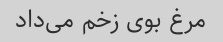
مرغ بوی زخم می‌داد